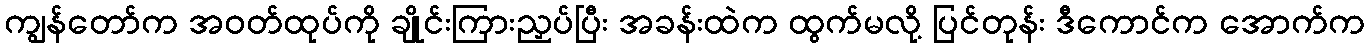
ကျွန်တော်က အဝတ်ထုပ်ကို ချိုင်းကြားညှပ်ပြီး အခန်းထဲက ထွက်မလို့ ပြင်တုန်း ဒီကောင်က အောက်က